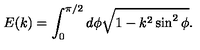
E ( k ) = \int _ { 0 } ^ { \pi / 2 } d \phi \sqrt { 1 - k ^ { 2 } \sin ^ { 2 } \phi } .